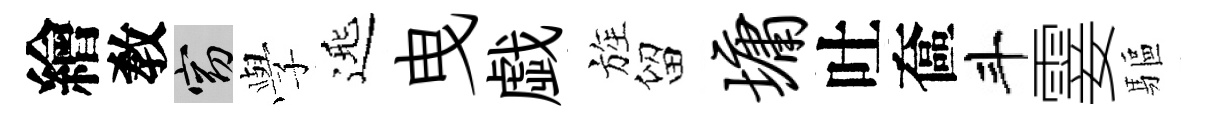
繪敎窈𫝯𨓱曳戯旌留墉吐奩斗霎驅